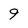
Character: 9